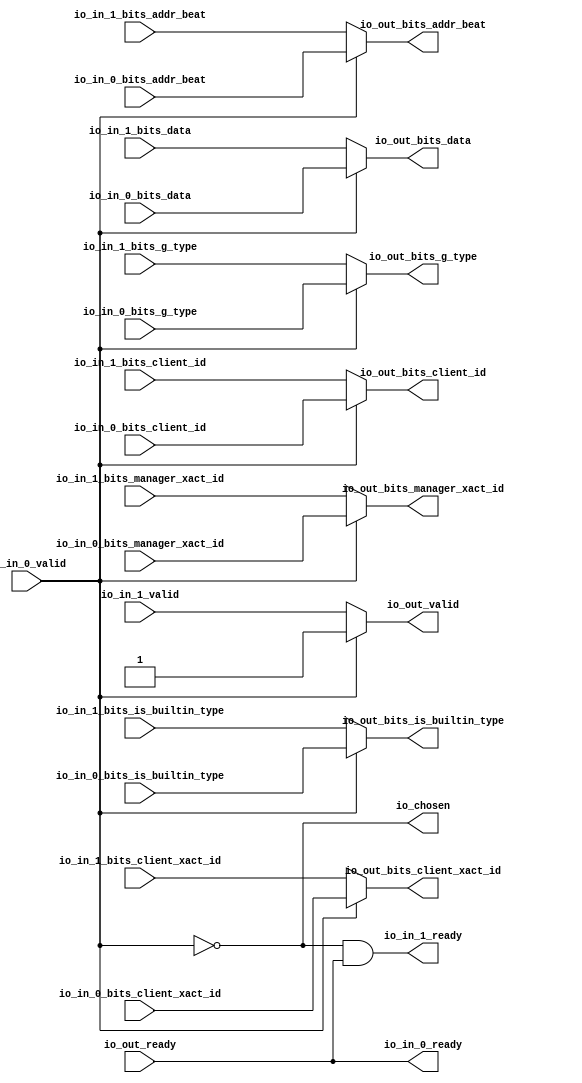
module Arbiter_6
(
  io_in_1_ready,
  io_in_1_valid,
  io_in_1_bits_addr_beat,
  io_in_1_bits_client_xact_id,
  io_in_1_bits_manager_xact_id,
  io_in_1_bits_is_builtin_type,
  io_in_1_bits_g_type,
  io_in_1_bits_data,
  io_in_1_bits_client_id,
  io_in_0_ready,
  io_in_0_valid,
  io_in_0_bits_addr_beat,
  io_in_0_bits_client_xact_id,
  io_in_0_bits_manager_xact_id,
  io_in_0_bits_is_builtin_type,
  io_in_0_bits_g_type,
  io_in_0_bits_data,
  io_in_0_bits_client_id,
  io_out_ready,
  io_out_valid,
  io_out_bits_addr_beat,
  io_out_bits_client_xact_id,
  io_out_bits_manager_xact_id,
  io_out_bits_is_builtin_type,
  io_out_bits_g_type,
  io_out_bits_data,
  io_out_bits_client_id,
  io_chosen
);

  input [2:0] io_in_1_bits_addr_beat;
  input [3:0] io_in_1_bits_client_xact_id;
  input [3:0] io_in_1_bits_g_type;
  input [63:0] io_in_1_bits_data;
  input [2:0] io_in_0_bits_addr_beat;
  input [3:0] io_in_0_bits_client_xact_id;
  input [3:0] io_in_0_bits_g_type;
  input [63:0] io_in_0_bits_data;
  output [2:0] io_out_bits_addr_beat;
  output [3:0] io_out_bits_client_xact_id;
  output [3:0] io_out_bits_g_type;
  output [63:0] io_out_bits_data;
  input io_in_1_valid;
  input io_in_1_bits_manager_xact_id;
  input io_in_1_bits_is_builtin_type;
  input io_in_1_bits_client_id;
  input io_in_0_valid;
  input io_in_0_bits_manager_xact_id;
  input io_in_0_bits_is_builtin_type;
  input io_in_0_bits_client_id;
  input io_out_ready;
  output io_in_1_ready;
  output io_in_0_ready;
  output io_out_valid;
  output io_out_bits_manager_xact_id;
  output io_out_bits_is_builtin_type;
  output io_out_bits_client_id;
  output io_chosen;
  wire [2:0] io_out_bits_addr_beat;
  wire [3:0] io_out_bits_client_xact_id,io_out_bits_g_type;
  wire [63:0] io_out_bits_data;
  wire io_in_1_ready,io_in_0_ready,io_out_valid,io_out_bits_manager_xact_id,
  io_out_bits_is_builtin_type,io_out_bits_client_id,io_chosen,N0,N1,io_out_ready,T10;
  assign io_in_0_ready = io_out_ready;
  assign io_chosen = ~io_in_0_valid;
  assign io_out_bits_client_id = (N0)? io_in_1_bits_client_id : 
                                 (N1)? io_in_0_bits_client_id : 1'b0;
  assign N0 = io_chosen;
  assign N1 = io_in_0_valid;
  assign io_out_bits_data = (N0)? io_in_1_bits_data : 
                            (N1)? io_in_0_bits_data : 1'b0;
  assign io_out_bits_g_type = (N0)? io_in_1_bits_g_type : 
                              (N1)? io_in_0_bits_g_type : 1'b0;
  assign io_out_bits_is_builtin_type = (N0)? io_in_1_bits_is_builtin_type : 
                                       (N1)? io_in_0_bits_is_builtin_type : 1'b0;
  assign io_out_bits_manager_xact_id = (N0)? io_in_1_bits_manager_xact_id : 
                                       (N1)? io_in_0_bits_manager_xact_id : 1'b0;
  assign io_out_bits_client_xact_id = (N0)? io_in_1_bits_client_xact_id : 
                                      (N1)? io_in_0_bits_client_xact_id : 1'b0;
  assign io_out_bits_addr_beat = (N0)? io_in_1_bits_addr_beat : 
                                 (N1)? io_in_0_bits_addr_beat : 1'b0;
  assign io_out_valid = (N0)? io_in_1_valid : 
                        (N1)? io_in_0_valid : 1'b0;
  assign io_in_1_ready = T10 & io_out_ready;
  assign T10 = ~io_in_0_valid;

endmodule